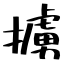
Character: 擄